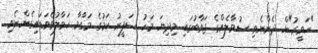
"ހަވީރު"ން ދެންނެވި ސުވާލެއްގެ ޖަވާބުގައި މިދިޔަ މަހު ސަފީރު ކަމުގެ މަގާމާ ހަވާލުވެވަޑައިގެންނެވި